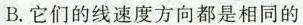
B.它们的线速度方向都是相同的